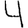
Digit: 4